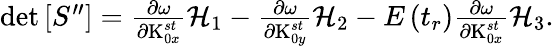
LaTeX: \begin{array}{r}{\operatorname*{det}\left[S^{\prime\prime}\right]=\frac{\partial\omega}{\partial\textrm{K}_{0x}^{st}}\mathcal{H}_{1}-\frac{\partial\omega}{\partial\textrm{K}_{0y}^{st}}\mathcal{H}_{2}-E\left(t_{r}\right)\frac{\partial\omega}{\partial\textrm{K}_{0x}^{st}}\mathcal{H}_{3}.}\end{array}